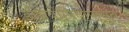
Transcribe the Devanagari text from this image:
इथियोपियापासून